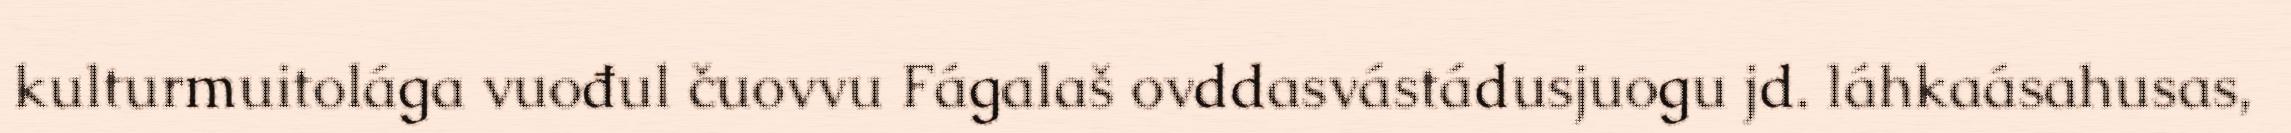
kulturmuitolága vuođul čuovvu Fágalaš ovddasvástádusjuogu jd. láhkaásahusas,